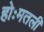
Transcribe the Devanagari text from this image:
होःमतली